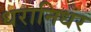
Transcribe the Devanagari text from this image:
धरानिधर